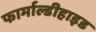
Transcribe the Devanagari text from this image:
फार्माल्डीहाइड